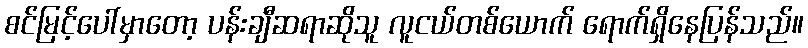
စင်မြင့်ပေါ်မှာတော့ ပန်းချီဆရာဆိုသူ လူငယ်တစ်ယောက် ရောက်ရှိနေပြန်သည်။